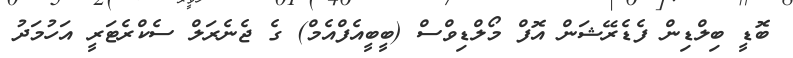
ބޮޑީ ބިލްޑިން ފެޑެރޭޝަން އޮފް މޯލްޑިވްސް (ބީބީއެފްއެމް) ގެ ޖެނެރަލް ސެކްރެޓަރީ އަހުމަދު